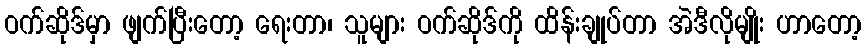
ဝက်ဆိုဒ်မှာ ဖျက်ပြီးတော့ ရေးတာ၊ သူများ ဝက်ဆိုဒ်ကို ထိန်းချုပ်တာ အဲဒီလိုမျိုး ဟာတော့